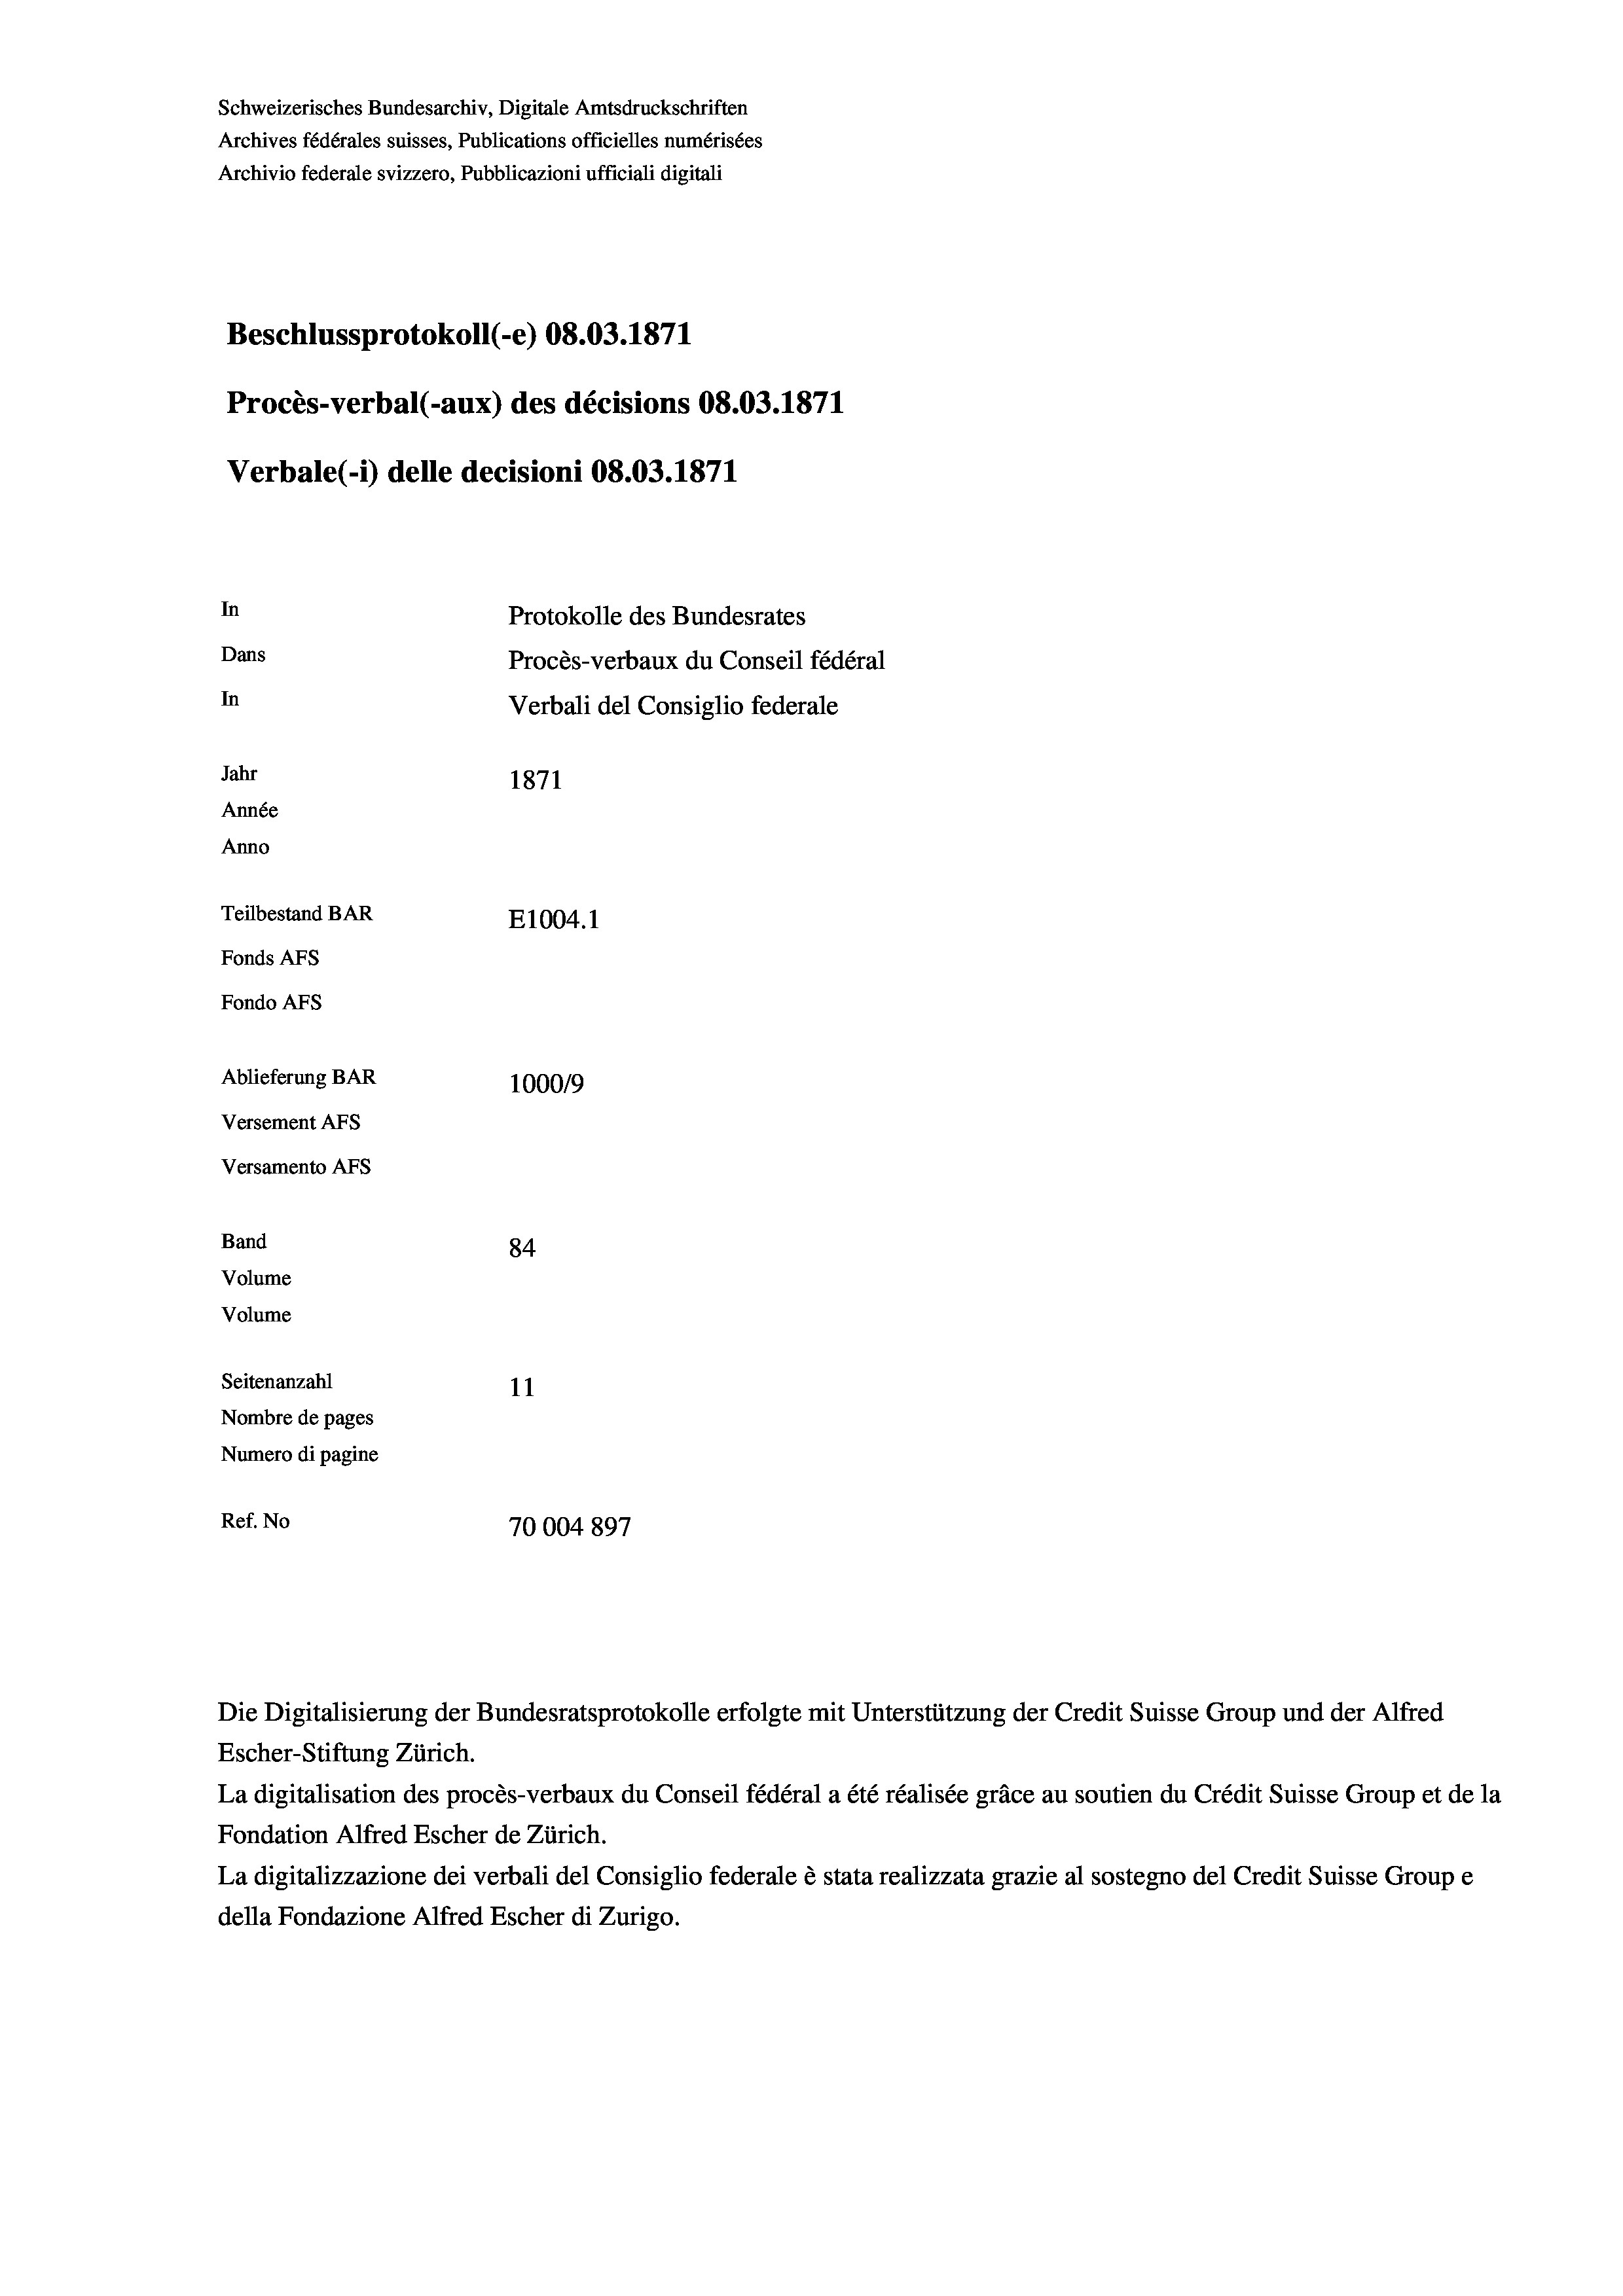
Schweizerisches Bundesarchiv, Digitale Amtsdruckschriften
Archives fédérales suisses, Publications officielles numérisées
Archivio federale svizzero, Pubblicazioni ufficiali digitali
Beschlussprotokoll (-e) 08.03. 1871
Procès-verbal (-aux) des décisions 08.03. 1871
Verbale (1) delle decisioni 08.03. 1871
In
Protokolle des Bundesrates
Dans
Procès-verbaux du Conseil fédéral
In
Verbali del Consiglio federale
Jahr
1871
Année
Anno
Teilbestand BAR
E1004. 1
Fonds Afs
Fondo AFs
Ablieferung BAR
100019
Versement Abs
Versamento AFs
Band
84
Volume
Volume
Seitenanzahl
11
Nombre de pages
Numero di pagine
Ref. No
70004 897

La digitalisation des procès-verbaux du Conseil fédéral a été réalisée gräce au soutien du Crédit Suisse Group et de la
Fondation Alfred Escher de Zürich.
La digitalizzazione dei verbali del Consiglio federale è stata realizzata grazie al sostegno del Credit Suisse Groupe
della Fondazione Alfred Escher di Zurigo.

Die Digitalisierung der Bundesratsprotokolle erfolgte mit Unterstützung der Credit Suisse Group und der Alfred
Escher-Stiftung Zürich.